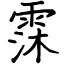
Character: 霂